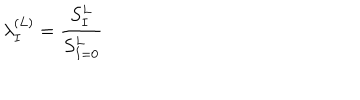
\lambda _ { I } ^ { ( L ) } = { \frac { S _ { I } ^ { L } } { S _ { I = 0 } ^ { L } } }